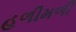
હળીમળી